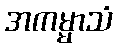
အကမ္မာသံ